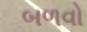
બળવો